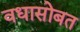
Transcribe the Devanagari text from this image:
वधासोबत